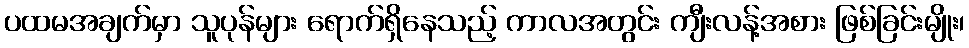
ပထမအချက်မှာ သူပုန်များ ရောက်ရှိနေသည့် ကာလအတွင်း ကျီးလန့်အစား ဖြစ်ခြင်းမျိုး၊